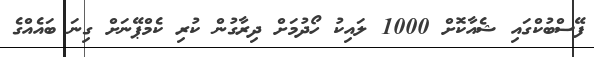
ފޭސްބުކްގައި ޝެއާކޮށް 1000 ލައިކު ހޯދުމަށް ދިރާގުން ކުރި ކެމްޕޭނަށް ގިނަ ބައެއްގެ